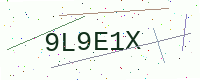
Text: 9L9E1X